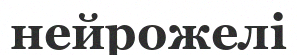
нейрожелі